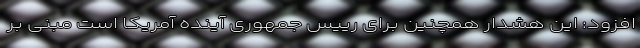
افزود: این هشدار همچنین برای رییس جمهوری آینده آمریکا است مبنی بر